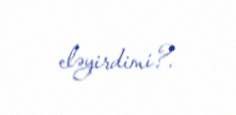
eləyirdimi?.